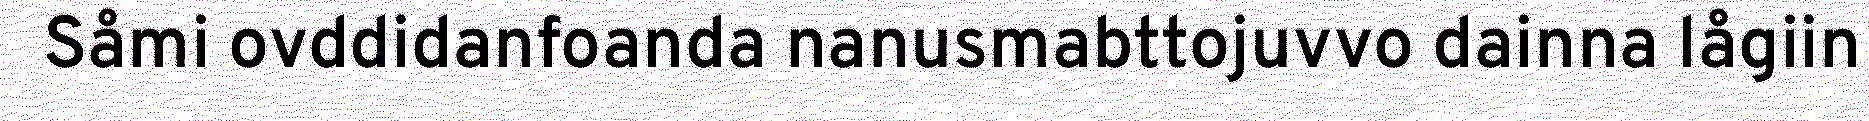
Såmi ovddidanfoanda nanusmabttojuvvo dainna lågiin